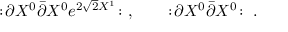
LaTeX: : \! \partial X ^ { 0 } \bar { \partial } X ^ { 0 } e ^ { 2 \sqrt 2 X ^ { 1 } } \! : \ , \qquad : \! \partial X ^ { 0 } \bar { \partial } X ^ { 0 } \! : \ .